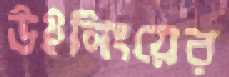
উইনিংয়ের